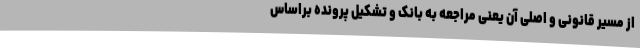
از مسیر قانونی و اصلی آن یعنی مراجعه به بانک و تشکیل پرونده براساس